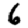
Digit: 6